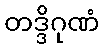
တဒ္ဒိဂုဏံ